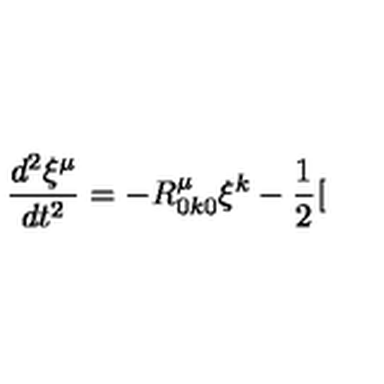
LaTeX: \frac { d ^ { 2 } \xi ^ { \mu } } { d t ^ { 2 } } = - R _ { 0 k 0 } ^ { \mu } \xi ^ { k } - \frac { 1 } { 2 } [